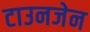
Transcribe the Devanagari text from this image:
टाउनजेन